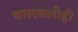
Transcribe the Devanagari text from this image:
चालवलीही